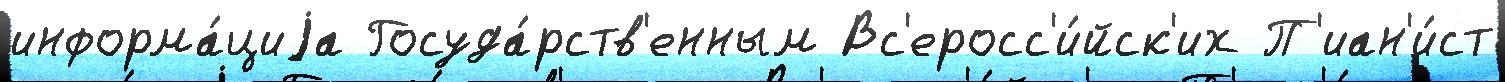
информа́циjа Госуда́рств'енным Вс'еросс'и́йск'их П'иан'и́ст